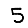
Digit: 5